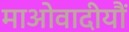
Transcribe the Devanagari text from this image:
माओवादीयौं